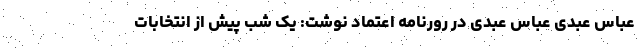
عباس عبدی عباس عبدی در رورنامه اعتماد نوشت: یک شب پیش از انتخابات